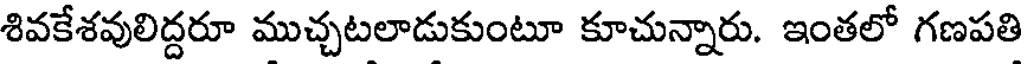
శివకేశవులిద్దరూ ముచ్చటలాడుకుంటూ కూచున్నారు. ఇంతలో గణపతి